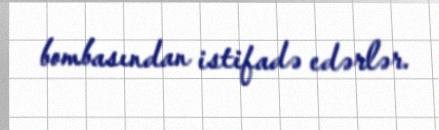
bombasından istifadə edərlər.